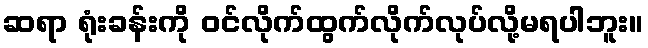
ဆရာ ရုံးခန်းကို ဝင်လိုက်ထွက်လိုက်လုပ်လို့မရပါဘူး။